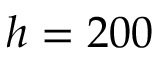
h = 2 0 0